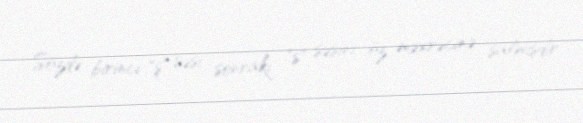
Sözdə birinci "ş" səsi sonrakı "s" səsini öz məxrəcinə salmışdır